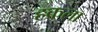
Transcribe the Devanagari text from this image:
हकला